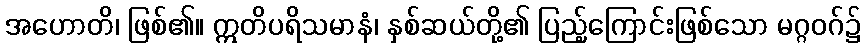
အဟောတိ၊ ဖြစ်၏။ ဣတိပရိသမာနံ၊ နှစ်ဆယ်တို့၏ ပြည့်ကြောင်းဖြစ်သော မဂ္ဂဝဂ်၌